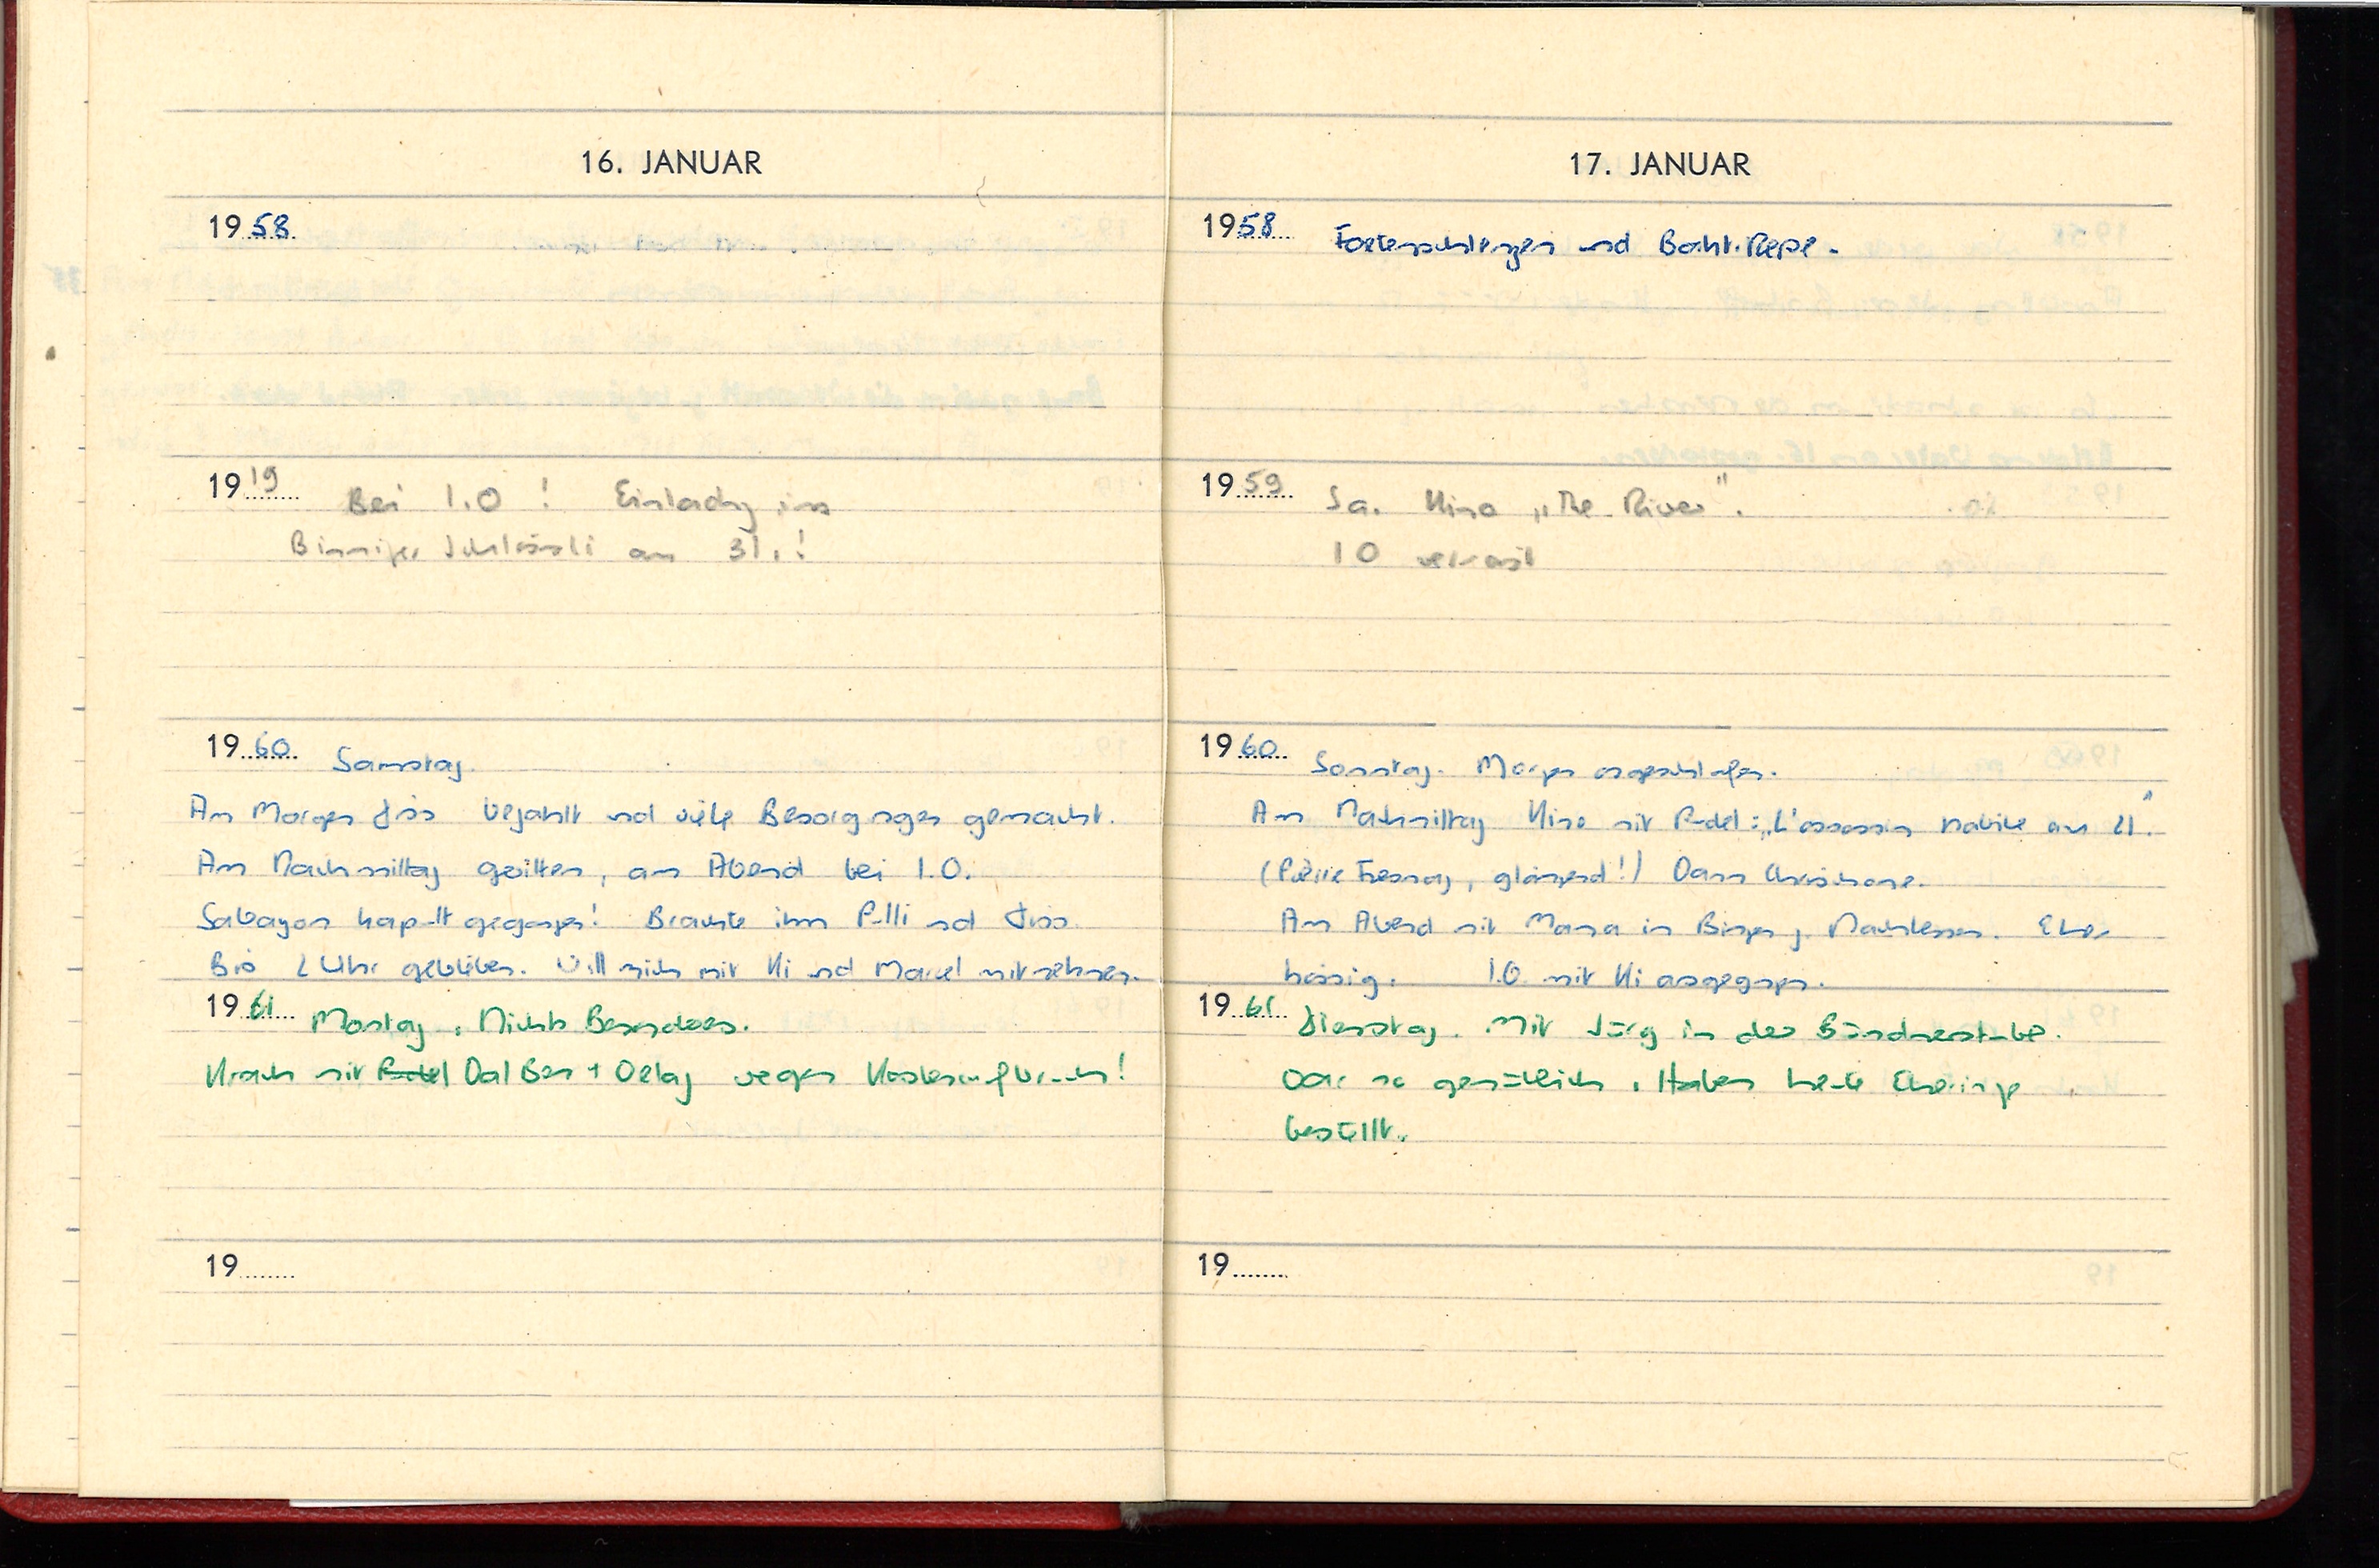
16. JANUAR

1958
1919 Bei I.O. ! Einladung ins
Binniger Schlössli am 31.!
1960 Samstag
Am Morgen Diss bezahlt und viele Besorgungen gemacht.
Am Nachmittag Gewitter, am Abend bei I.O.
Sabayon kaputt gegangen! Brachte ihm Pulli und Diss.
Bis 2 Uhr geblieben. Will mich mit Ki und Marcel mitnehmen.
1961 Montag. Nichts Besonderes.
Krach mit Pudel Val Ben + Oelag wegen Kostenin f bruch!
19

17. JANUAR
1958  Foetenschlengen und Bakt. Pepe.
1959 Sa. Kino „The River“.
I.O. verreist.
1960 Sonntag. Morgen ausgeschlafen.
Am Nachmittag Kino mit Pudel: „L'assassin habile au 21“.
(Pirre Fresnay, glänzend!) Dann Chrischona.
Am Abend mit Mama in Bingen z. Nachtessen. Eher
hässig. I.O. mit Ki ausgegangen.
1961
Dienstag. Mit Jürg in der Bündnerstube.
War so gemütlich. Haben heute Eheringe
bestellt.
19